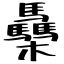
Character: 䯂